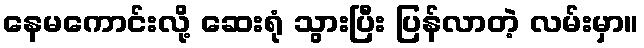
နေမကောင်းလို့ ဆေးရုံ သွားပြီး ပြန်လာတဲ့ လမ်းမှာ။